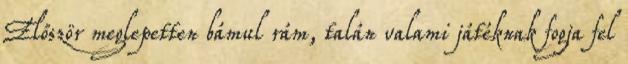
Először meglepetten bámul rám, talán valami játéknak fogja fel